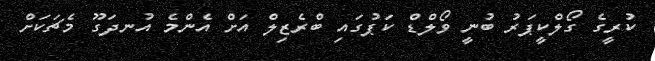
ކުރީގެ ގޯލްކީޕަރު ބުނީ ވޯލްޑް ކަޕުގައި ބްރެޒިލް އަށް އެންމެ އުނދަގޫ މެޗަކަށް